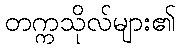
တက္ကသိုလ်များ၏